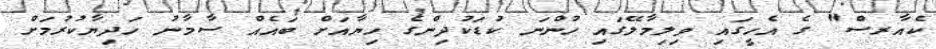
ކެއާރސް" ގެ އެހީގައި ވިލިމާލޭގައި ހުންނަ ކުޑަކުދިންގެ ހިޔާއަށް ބައެއް ސާމާނު ހަދިޔާކުރުމަށް